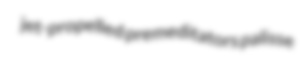
jet-propelled premeditators palisse